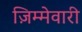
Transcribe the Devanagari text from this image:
ज़िम्मेवारी